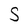
Character: S